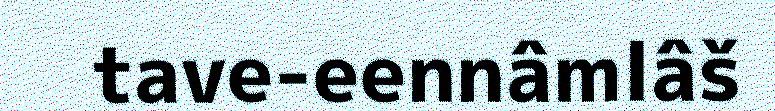
tave-eennâmlâš